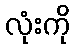
လုံးကို